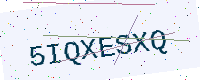
Text: 5IQXESXQ